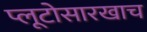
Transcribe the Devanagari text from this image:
प्लूटोसारखाच